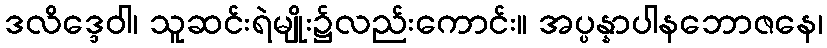
ဒလိဒ္ဒေဝါ၊ သူဆင်းရဲမျိုး၌လည်းကောင်း။ အပ္ပန္နာပါနဘောဇနေ၊